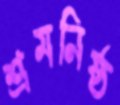
শ্রমনিষ্ঠ